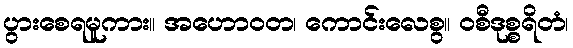
ပွားစေရမူကား။ အဟောဝတ၊ ကောင်းလေစွ။ ဝစီဒုစ္စရိတံ၊